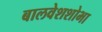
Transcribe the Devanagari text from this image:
बालवेशशोभा